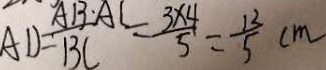
A D = \frac { A B \cdot A C } { B C } = \frac { 3 \times 4 } { 5 } = \frac { 1 2 } { 5 } c m